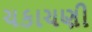
ચકાચણી